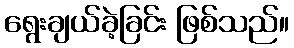
ရွေးချယ်ခဲ့ခြင်း ဖြစ်သည်။